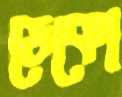
ডেকো